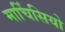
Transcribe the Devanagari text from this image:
मार्चिसियो